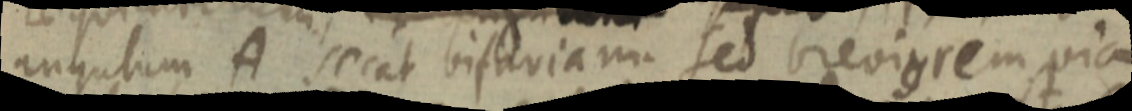
angulum A secat bisariam sed brevigrem via